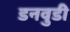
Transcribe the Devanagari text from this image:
डनवुडी